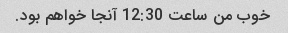
خوب من ساعت 12:30 آنجا خواهم بود.